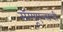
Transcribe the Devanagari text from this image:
सॅम्यूएल्सची